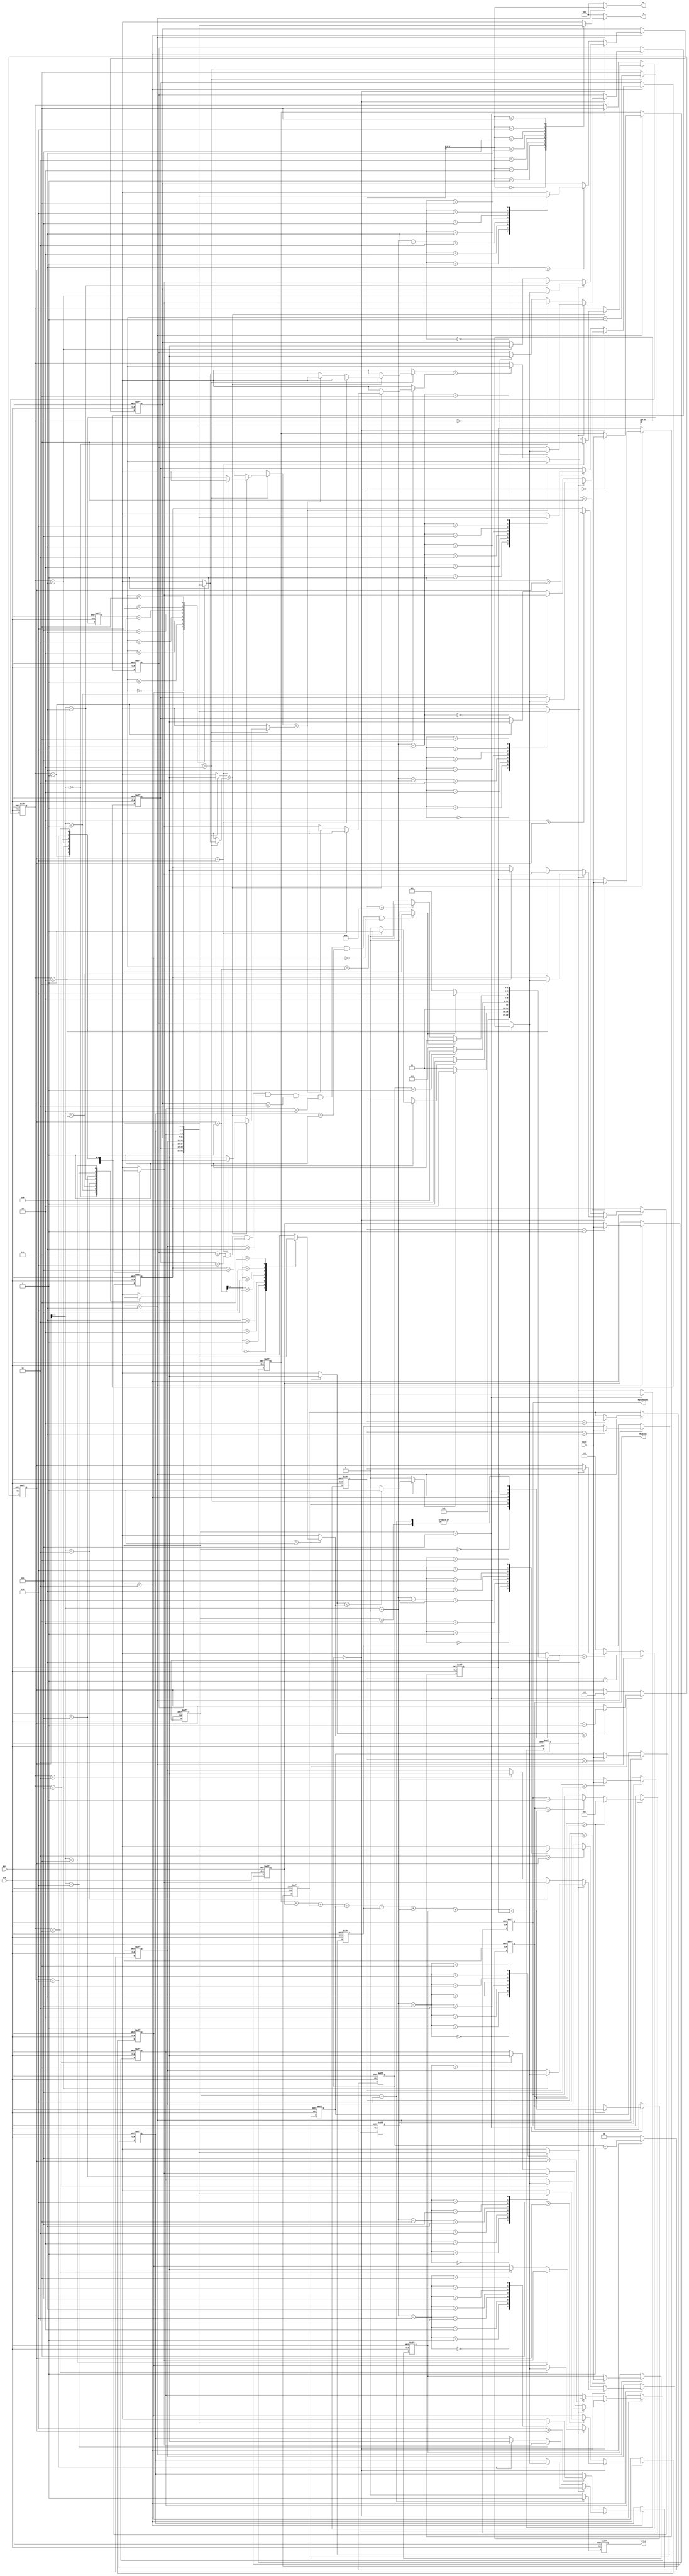
module JAM (
input CLK,
input RST,
output reg [2:0] W,
output reg [2:0] J,
input [6:0] Cost,
output reg [3:0] MatchCount,
output reg [9:0] MinCost,
output reg Valid );

wire [9:0] sum;
reg [3:0] change;
reg [2:0] set [0:7];
reg [6:0] cost0, cost1, cost2, cost3, cost4, cost5, cost6, cost7;
reg [2:0] cs, ns;
parameter IDLE  = 0, CHANGE = 1, MAXSITE = 2, SORT = 3, IN = 4, COM = 5, OUT = 6, DONE = 7;
reg [3:0] counter8;

reg [2:0]max;
reg [2:0]max_counter;
reg [1:0]counter2;
//reg turn;
reg change_done,max_done;
//reg [17:0] counter40320;
reg first,done;

always @(posedge CLK or posedge RST) begin
    if(RST)begin
        first <= 1;
    end
    else if(cs == COM)begin
        first <= 0;
    end
    else
        first <= first;
end

integer i;

assign sum = cost0 + cost1 + cost2 + cost3 + cost4 + cost5 + cost6 + cost7;


always @(posedge CLK or posedge RST) begin
    if(RST)
        cs <= IDLE;
    else
        cs <= ns;
end

always @(*) begin
    case (cs)
        IDLE:begin //0
            ns = CHANGE;
        end 
        CHANGE:begin //1
            if(change_done)
                ns=MAXSITE;
            else
                ns=CHANGE;
        end
        MAXSITE:begin //2
            if(max_done)
                ns=SORT;
            else
                ns=MAXSITE;
        end
        SORT:begin //3
            if(counter2==1)
                ns=IN;
            else
                ns=SORT;
        end
        IN:begin //4
            if(done)//counter40320 == 40320
                ns = COM;
            else if(counter8 == 8)
                ns = COM;
            else
                ns = IN;
        end
        COM:begin //5 
            if(done)
                ns = OUT;
            else
                ns = CHANGE;
        end
        OUT:begin //6
            ns = DONE;
        end
        DONE:begin //7
            ns = DONE;
        end
        default: 
            ns = IDLE;
    endcase
end

always @(*) begin
    if(set[0]==3'd7 & set[1]==3'd6 & set[2]==3'd5 & set[3]==3'd4 & set[4]==3'd3 & set[5]==3'd2 & set[6]==3'd1 & set[7]==3'd0)
        done =1;
    else
        done =0;
end



//COUNTER2
always @(posedge CLK or posedge RST) begin
    if(RST)
        counter2 <= 0;
    else if(cs==SORT)begin
        counter2 <= counter2 + 1;
    end
    else
        counter2 <= 0;
end

//set
always @(posedge CLK or posedge RST) begin
    if(RST)begin
        set[0]<=0;
        set[1]<=1;
        set[2]<=2;
        set[3]<=3;
        set[4]<=4;
        set[5]<=5;
        set[6]<=6;
        set[7]<=7;
    end
    else if(cs==SORT)begin
        if (counter2==0) begin
            if(first)
                set[max] <= set[max];
            else begin
                set[max]<=set[change];
                set[change]<=set[max];
            end
        end
        else begin
            for(i=7;i>0; i=i-1) begin
                if(i>change)
                    set[i]<=set[change+8-i];
            end
        end
    end
end

//change
always @(posedge CLK or posedge RST) begin
    if(RST)
        change<=3'd6;
    else if(cs==CHANGE)begin
        if(set[change]>set[change+1])//
            change<=change-1;
    end
    else if(cs==COM)begin
        change<=3'd6;
    end
end

//change_done
always @(*) begin
    if(cs==CHANGE)begin
        if(set[change]<set[change+1])
            change_done=1;
        else
            change_done=0;
    end
    else 
        change_done=0;
end

//max_counter
always @(posedge CLK or posedge RST) begin
    if(RST)
        max_counter<=3'd7;
    else if(cs==MAXSITE)begin
        max_counter<=max_counter-1;
    end
    else
        max_counter<=3'd7;
end

//max_done
always @(*) begin
    if(cs==MAXSITE)begin
        if(max_counter==change+1)//? -1 or not
            max_done=1;
        else
            max_done=0;
    end
    else
        max_done=0;
end

//max
always @(posedge CLK or posedge RST) begin
    if(RST)
        max<=3'd7;
    else if(cs==MAXSITE)begin
        if(set[change]<set[max_counter])begin
            if(change==3'd6)
                max<=3'd7;
            else if(set[max]<set[change] )
                max<=max_counter;
            else if(set[max_counter]<set[max])//get the smallest right 
                max<=max_counter;
        end
    end
    else if(cs==COM)begin
        max<=3'd7;
    end
end

//J
always @(*) begin
    if(cs == IN)
        J = set[counter8];
    else 
        J = 0;
end

//W
always @(*) begin
    if(cs == IN)
        W = counter8;
    else 
        W = 0;
end

//COUNTER8
always @(posedge CLK or posedge RST) begin
    if(RST)
        counter8 <= 0;
    else if(cs == IN)
        counter8 <= counter8 + 1; 
    else if(ns == IN)
        if(first)
            counter8 <= counter8;
        else
            counter8 <= change;
    else 
        counter8 <= 0;
end

//COST
always @(posedge CLK or posedge RST) begin
    if(RST)begin
        cost0 <= 0;
        cost1 <= 0;
        cost2 <= 0;
        cost3 <= 0;
        cost4 <= 0;
        cost5 <= 0;
        cost6 <= 0;
        cost7 <= 0;
    end
    else if(cs == IN)
        case (counter8)
            0:begin
                cost0 <= Cost;
            end 
            1:begin
                cost1 <= Cost;
            end 
            2:begin
                cost2 <= Cost;
            end 
            3:begin
                cost3 <= Cost;
            end 
            4:begin
                cost4 <= Cost;
            end 
            5:begin
                cost5 <= Cost;
            end 
            6:begin
                cost6 <= Cost;
            end 
            7:begin
                cost7 <= Cost;
            end 
        endcase
end

//MINSCOST
always @(posedge CLK or posedge RST) begin
    if(RST)
        MinCost <= 10'b1111111111;
    else if(cs == COM)
        MinCost <= (MinCost > sum) ? sum : MinCost;
    else
        MinCost <= MinCost;
end

//MATCHCOUNT
always @(posedge CLK or posedge RST) begin
    if(RST)
        MatchCount <= 0;
    else if(cs == COM)
        if(MinCost > sum)
            MatchCount <= 1;
        else if(MinCost == sum)
            MatchCount <= MatchCount + 1;
        else
            MatchCount <= MatchCount;
    else
        MatchCount <= MatchCount;
end

//VALID
always @(posedge CLK or posedge RST) begin
    if(RST)
        Valid <= 0;
    else if(cs == OUT)
        Valid <= 1;
    else 
        Valid <= 0;
end

endmodule